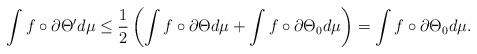
LaTeX: \begin{align*} \int f \circ \partial \Theta' d \mu \leq \frac{1}{2} \left ( \int f \circ \partial \Theta d \mu + \int f \circ \partial \Theta_0 d \mu \right ) = \int f \circ \partial \Theta_0 d \mu.\end{align*}